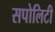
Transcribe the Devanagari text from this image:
सपोलिटी